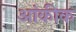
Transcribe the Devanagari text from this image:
आंकीक